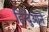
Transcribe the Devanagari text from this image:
हिन्दुआने